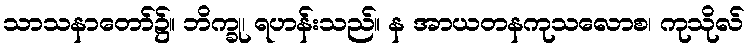
သာသနာတော်၌။ ဘိက္ခု၊ ရဟန်းသည်။ န အာယတနကုသလောစ၊ ကုသိုလ်